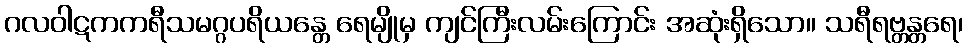
ဂလဝါဋကကရီသမဂ္ဂပရိယန္တေ ရေမျိုမှ ကျင်ကြီးလမ်းကြောင်း အဆုံးရှိသော။ သရီရဗ္တန္တရေ၊